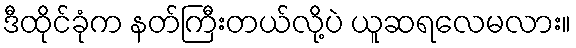
ဒီထိုင်ခုံက နတ်ကြီးတယ်လို့ပဲ ယူဆရလေမလား။